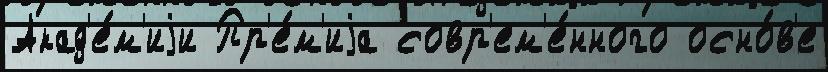
Акад'е́м'иjи Пр'е́м'иjа совр'ем'е́нного осно́в'е